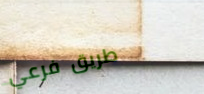
طريق فرعي